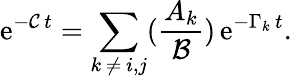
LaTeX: \mathrm{e}^{-\mathcal{{C}}\, t}=\sum_{k\, \neq\, i,j}(\frac{{A_{k}}}{{\mathcal{{B}}}})\, \mathrm{e}^{-\Gamma_{k}\, t}.